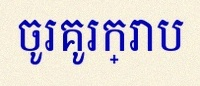
ចូរគូរក្រាប